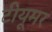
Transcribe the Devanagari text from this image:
टीयूमर